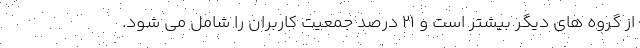
از گروه های دیگر بیشتر است و ۲۱ درصد جمعیت کاربران را شامل می شود.